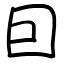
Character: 囙